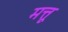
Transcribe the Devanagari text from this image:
मत्तू